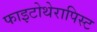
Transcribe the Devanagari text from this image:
फाइटोथेरापिस्ट